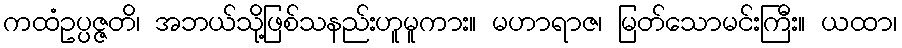
ကထံဥပ္ပဇ္ဇတိ၊ အဘယ်သို့ဖြစ်သနည်းဟူမူကား။ မဟာရာဇ၊ မြတ်သောမင်းကြီး။ ယထာ၊